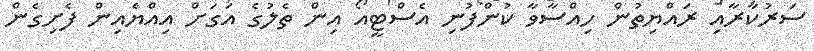
ސަރުކާރާއި ރައްޔިތުން ހިއްސާވާ ކުންފުނި އެސްޓީއޯ އިން ތެލުގެ އަގަށް އިއްޔެއިން ފެށިގެން